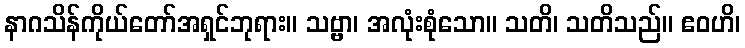
နာဂသိန်ကိုယ်တော်အရှင်ဘုရား။ သဗ္ဗာ၊ အလုံးစုံသော။ သတိ၊ သတိသည်။ ဧဝဟိ၊